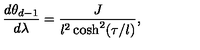
\frac { d \theta _ { d - 1 } } { d \lambda } = \frac { J } { l ^ { 2 } \cosh ^ { 2 } ( \tau / l ) } ,